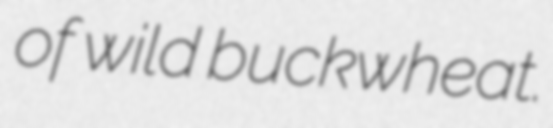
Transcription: of wild buckwheat.